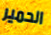
الحمير